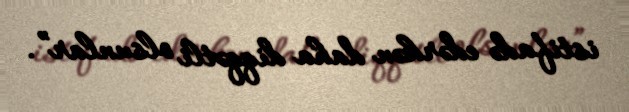
istifadə edərkən daha diqqətli olsunlar”.